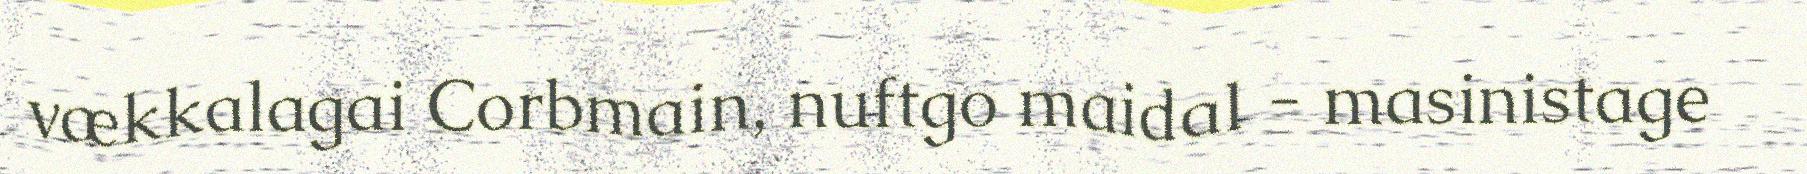
vækkalagai Corbmain, nuftgo maidal - masinistage